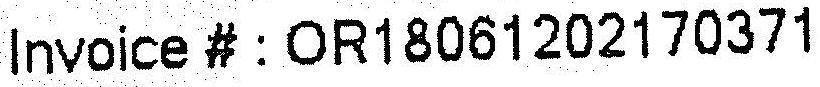
INVOICE # : OR18061202170371